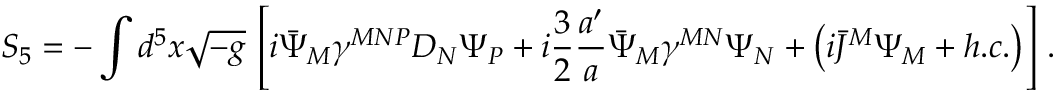
S _ { 5 } = - \int d ^ { 5 } x \sqrt { - g } \, \left[ i \bar { \Psi } _ { M } \gamma ^ { M N P } D _ { N } \Psi _ { P } + i \frac { 3 } { 2 } \frac { a ^ { \prime } } { a } \bar { \Psi } _ { M } \gamma ^ { M N } \Psi _ { N } + \left( i \bar { J } ^ { M } \Psi _ { M } + h . c . \right) \right] \, .